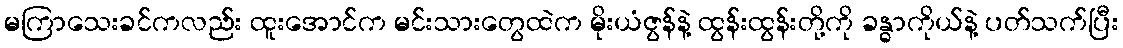
မကြာသေးခင်ကလည်း ထူးအောင်က မင်းသားတွေထဲက မိုးယံဇွန်နဲ့ ထွန်းထွန်းတို့ကို ခန္ဓာကိုယ်နဲ့ ပတ်သက်ပြီး